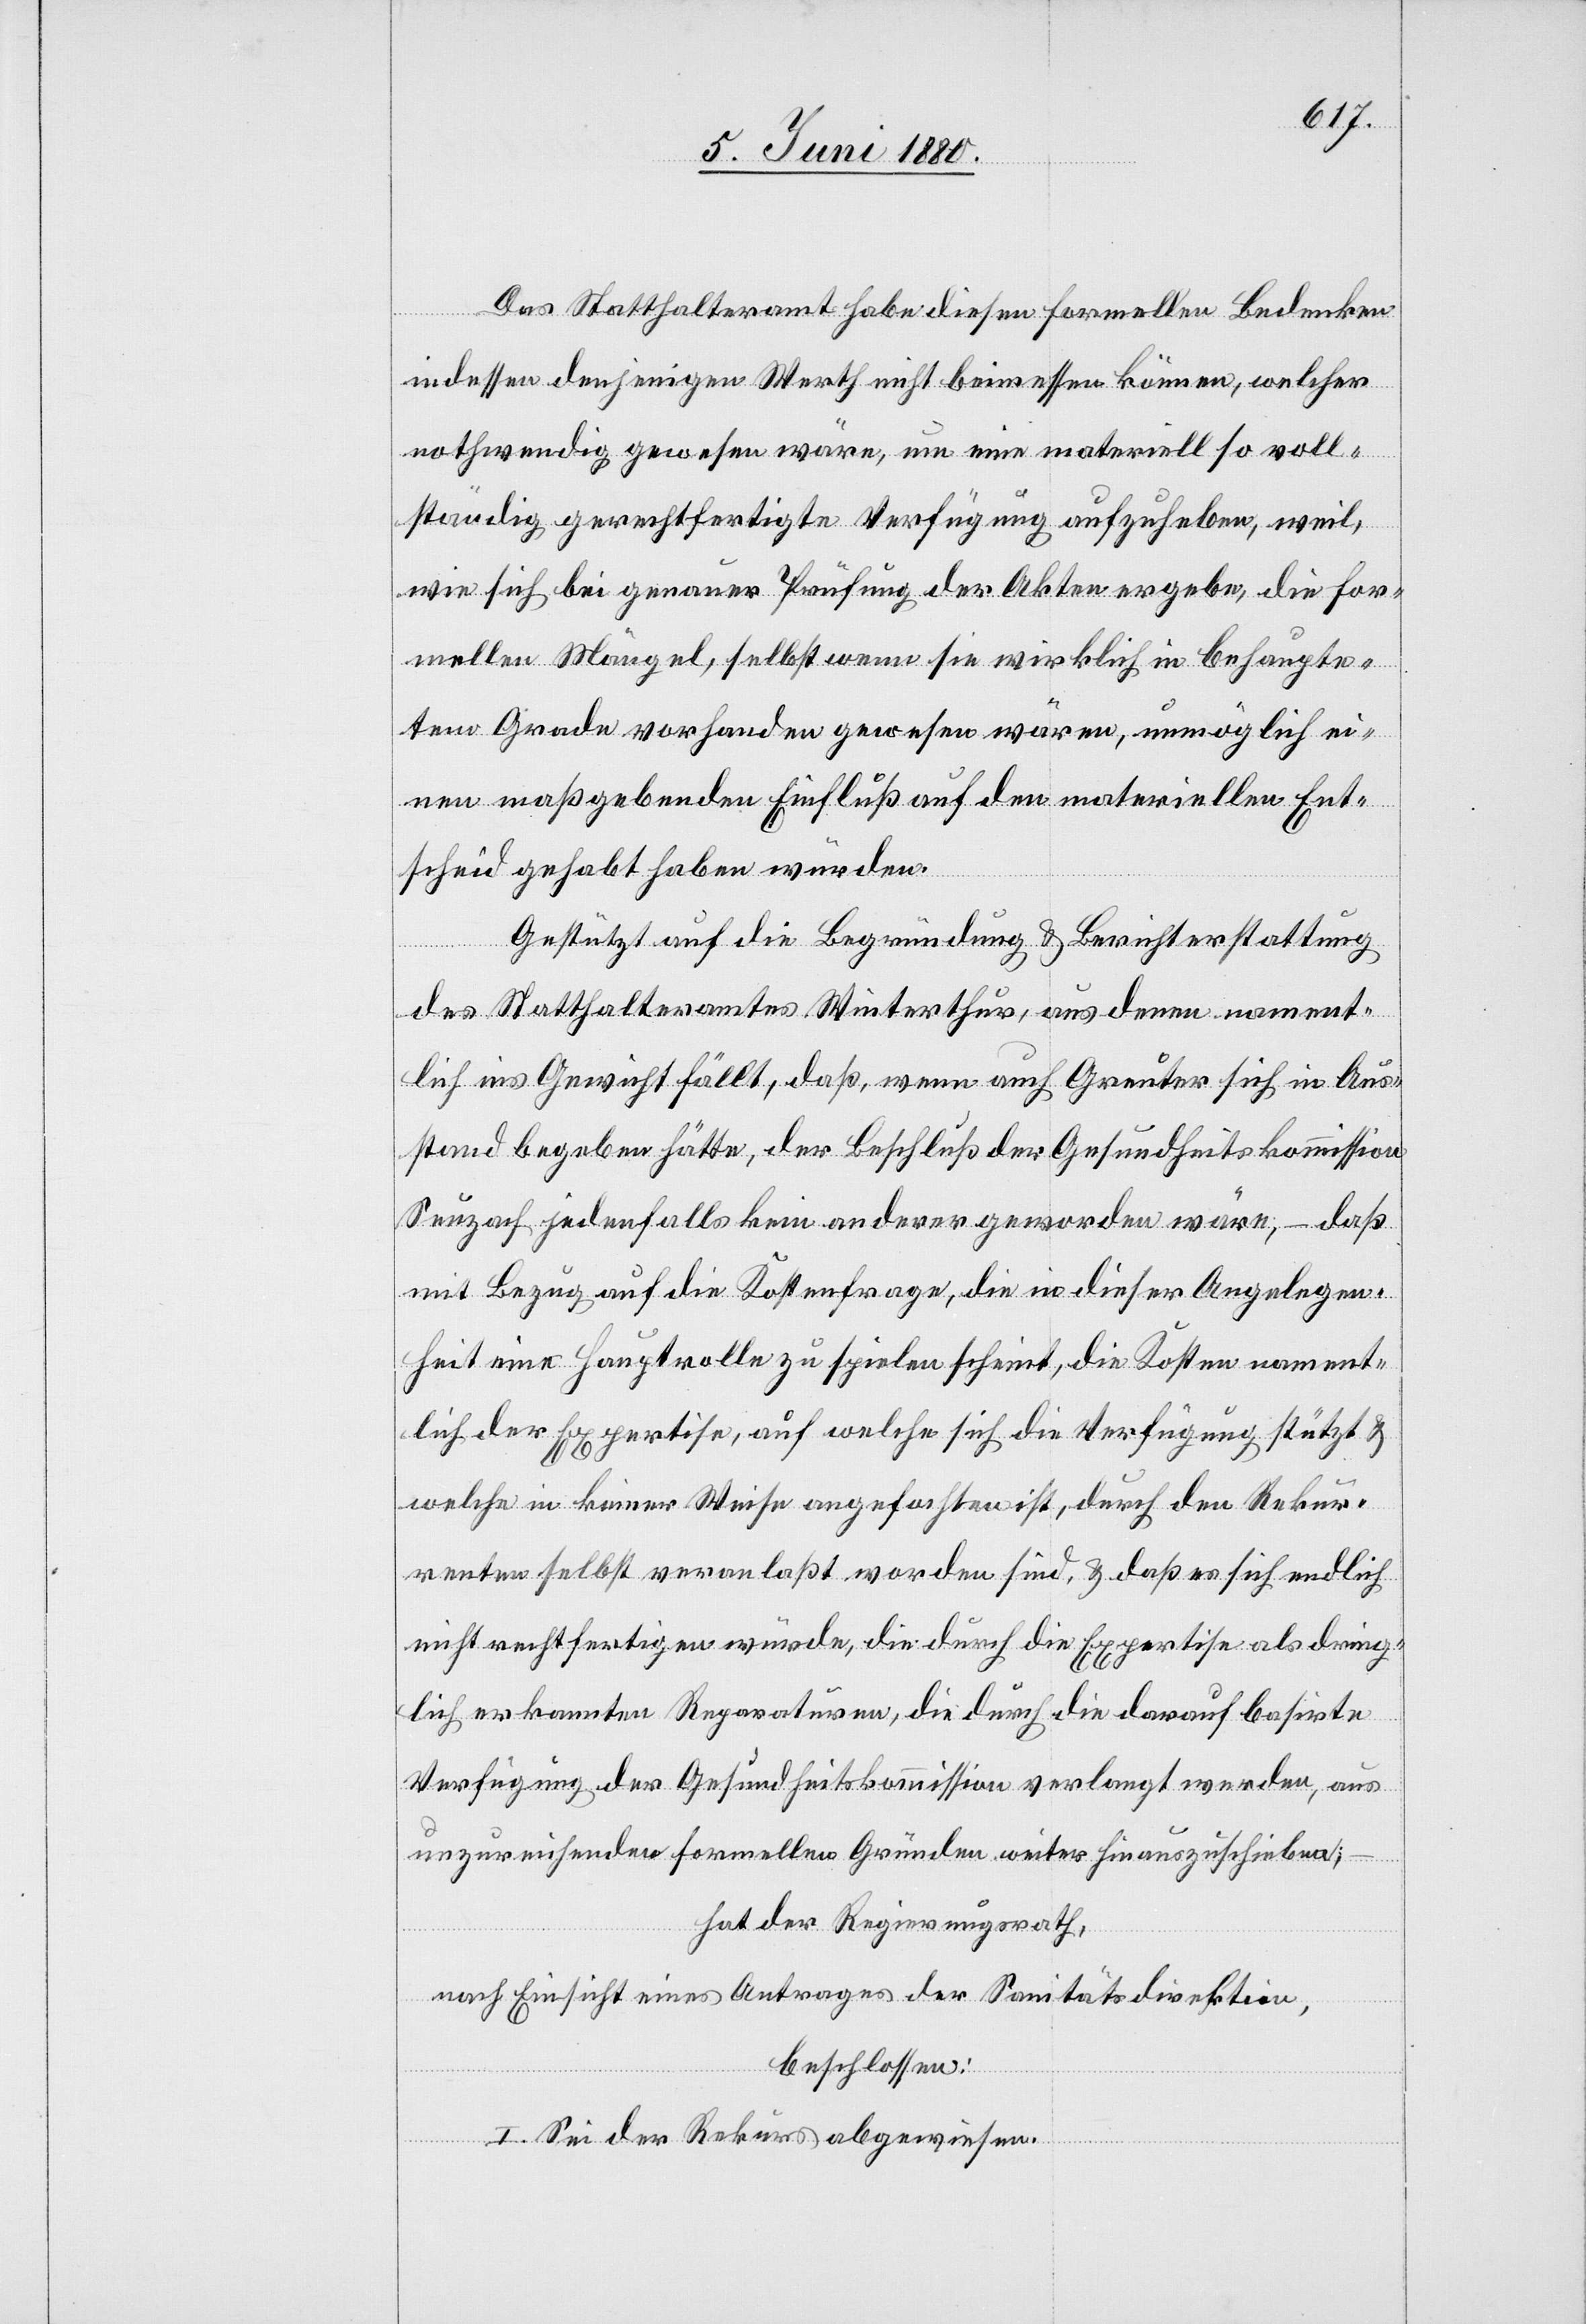
Das Statthalteramt habe diesen formellen Bedenken
indessen denjenigen Werth nicht beimessen können, welcher
nothwendig gewesen wäre, um eine materiell so voll¬
ständig gerechtfertigte Verfügung aufzuheben, weil,
wie sich bei genauer Prüfung der Akten ergebe, die for¬
mellen Mängel, selbst wenn sie wirklich in behaupte¬
tem Grade vorhanden gewesen wären, unmöglich ei¬
nen maßgebenden Einfluß auf den materiellen Ent¬
scheid gehabt haben würden.
Gestützt auf die Begründung & Berichterstattung
des Statthalteramtes Winterthur, aus denen nament¬
lich ins Gewicht fällt, daß, wenn auch Greuter sich in Aus¬
stand begeben hätte, der Beschluß der Gesundheitskommission
Seuzach jedenfalls kein anderer geworden wäre, – daß,
mit Bezug auf die Kostenfrage, die in dieser Angelegen¬
heit eine Hauptrolle zu spielen scheint, die Kosten nament¬
lich der Expertise, auf welche sich die Verfügung stützt &
welche in keiner Weise angefochten ist, durch den Rekur¬
renten selbst veranlaßt worden sind & daß es sich endlich
nicht rechtfertigen würde, die durch die Expertise als dring¬
lich erkannten Reparaturen, die durch die darauf basirte
Verfügung der Gesundheitskommission verlangt werden, aus
unzureichenden formellen Gründen weiter hinauszuschieben,
hat der Regierungsrath,
nach Einsicht eines Antrages der Sanitätsdirektion,
beschlossen:
I. Sei der Rekurs abgewiesen.